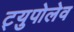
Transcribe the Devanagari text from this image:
ट्युपोलेव